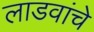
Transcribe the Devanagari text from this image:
लाडवांचे